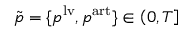
\tilde { p } = \{ p ^ { \mathrm { l v } } , p ^ { \mathrm { a r t } } \} \in \left( 0 , T \right]